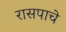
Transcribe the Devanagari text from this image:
रासपाचे